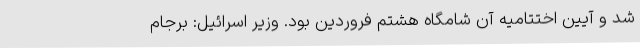
شد و آیین اختتامیه آن شامگاه هشتم فروردین بود. وزیر اسرائیل: برجام